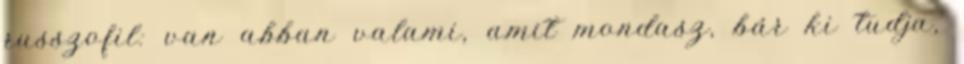
russzofil: van abban valami, amit mondasz, bár ki tudja,